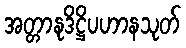
အတ္တာနုဒိဋ္ဌိပဟာနသုတ်